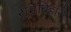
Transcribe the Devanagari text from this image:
रामबिहारी